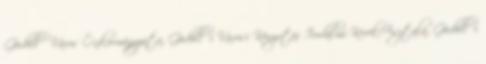
Gödöllő Város Önkormányzata, Gödöllői Városi Könyvtár Irodalmi KerekAsztala, Gödöllői